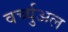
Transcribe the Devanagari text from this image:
वर्च्युअल